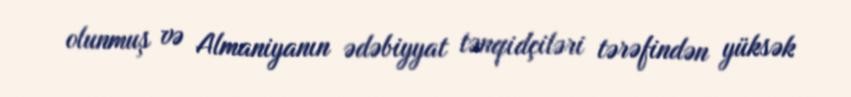
olunmuş və Almaniyanın ədəbiyyat tənqidçiləri tərəfindən yüksək